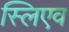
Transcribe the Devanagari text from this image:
स्लिएव